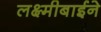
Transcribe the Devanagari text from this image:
लक्ष्मीबाईने